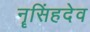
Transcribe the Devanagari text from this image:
नॄसिंहदेव